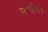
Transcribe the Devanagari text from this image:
साथीपन